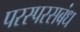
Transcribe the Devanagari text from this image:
परस्परसबंध